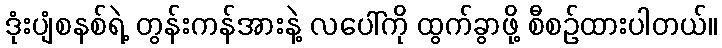
ဒုံးပျံစနစ်ရဲ့ တွန်းကန်အားနဲ့ လပေါ်ကို ထွက်ခွာဖို့ စီစဉ်ထားပါတယ်။